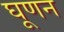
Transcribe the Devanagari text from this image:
घूणन